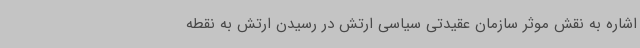
اشاره به نقش موثر سازمان عقیدتی سیاسی ارتش در رسیدن ارتش به نقطه